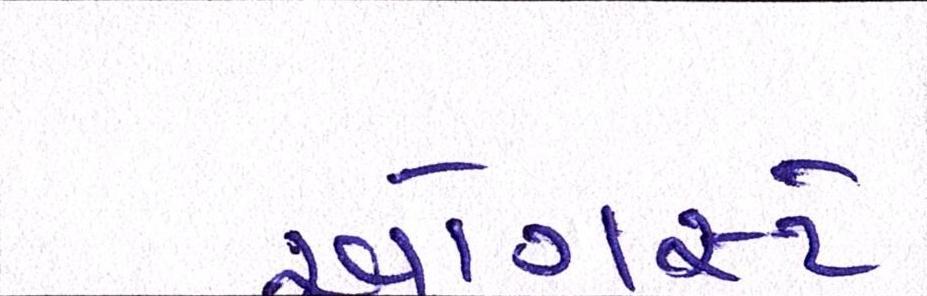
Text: ઓગસ્ટે